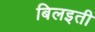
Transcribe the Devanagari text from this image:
बिलइती